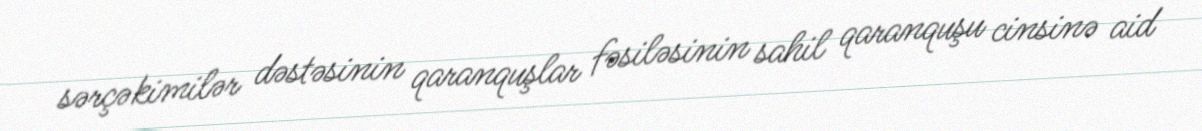
sərçəkimilər dəstəsinin qaranquşlar fəsiləsinin sahil qaranquşu cinsinə aid